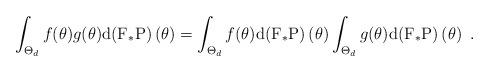
LaTeX: \begin{align*}\int_{\Theta _{d}}f(\theta )g(\theta )\mathrm{d}(\mathrm{F}_{\ast }\mathrm{P})\left( \theta \right) =\int_{\Theta _{d}}f(\theta )\mathrm{d}(\mathrm{F}_{\ast }\mathrm{P})\left( \theta \right) \int_{\Theta _{d}}g(\theta )\mathrm{d}(\mathrm{F}_{\ast }\mathrm{P})\left( \theta \right) \ . \end{align*}